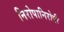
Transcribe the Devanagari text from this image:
निरोपानिरोपी